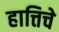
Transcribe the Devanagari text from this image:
हात्तिचे